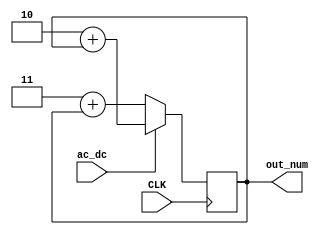
module  prog_cout (input CLK ,input ac_dc ,output reg  [7:0] out_num);
   initial 

   out_num = 8'd0;
  always @ (posedge CLK) begin
    if (ac_dc)
        out_num = 2 + out_num;

    else //(enable == 1'b1) 
        out_num = 3 + out_num;
end
endmodule



module tb();

    reg en, clk;
    wire [7:0] count ;



    prog_cout s1(clk,en, count);


    initial begin
    
    en = 1'b0;   
    //count= 5'd0;
        $display(" clk  |  enable   |  out num ");
        $monitor("%b  %b  %d  ",clk,en, count);
        
        #1 clk = 1'b0; 
        #1 clk = 1'b1; 
        #1 clk = 1'b0; 
        #1 clk = 1'b1; 
        #1 clk = 1'b0; 
        #1 clk = 1'b1; 
        #1 clk = 1'b0; 
        #1 clk = 1'b1; 
       
        
 
        #1 en = 1'b1;
        #1 clk = 1'b0; 
        #1 clk = 1'b1; 
        #1 en = 1'b0;  

        
        #1 clk = 1'b0; 
        #1 clk = 1'b1;    
        #1 clk = 1'b0; 
        #1 clk = 1'b1; 
        #1 clk = 1'b0; 
        #1 clk = 1'b1;  
    end
endmodule